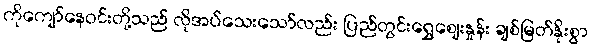
ကိုကျော်နေဝင်းတို့သည် လိုအပ်သေးသော်လည်း ပြည်တွင်းရွှေဈေးနှုန်း ချစ်မြတ်နိုးစွာ